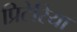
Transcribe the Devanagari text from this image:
प्रिटेरिया